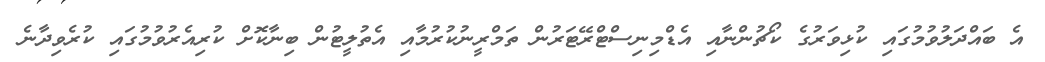
އެ ބައްދަލުވުމުގައި ކުޅިވަރުގެ ކޯޗުންނާއި އެޑްމިނިސްޓްރޭޓަރުން ތަމްރީނުކުރުމާއި އެތުލީޓުން ބިނާކޮށް ކުރިއެރުވުމުގައި ކުރެވިދާނެ